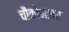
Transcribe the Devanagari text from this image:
चौकोनावर